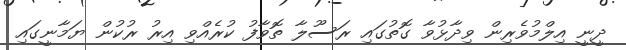
ދީނީ އިލްމުވެރިން ވިދާޅުވާ ގޮތުގައި ރަސޫލާ ތޮވާފު ކުރެއްވި އިރު ރުކުން ޔަމާނީގައި